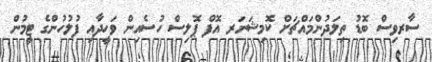
ސާރވިސް ބޮޑު ތިލަދުންމައްޗަށް ކޮމިޝަނަރ އޮފް ޕޮލިސް ހުސެއިން ވަހީދާއި ފުލުހުންގެ ޓީމުން